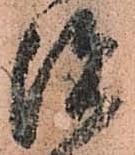
治